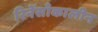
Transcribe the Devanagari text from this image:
रिनेंसाँकालीन